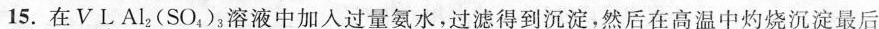
15.在V L Al_{2}(SO_{4})_{3}溶液中加入过量氨水，过滤得到沉淀，然后在高温中灼烧沉淀最后